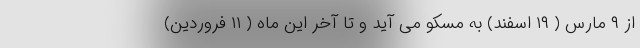
از ۹ مارس ( ۱۹ اسفند) به مسکو می آید و تا آخر این ماه ( ۱۱ فروردین)